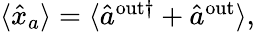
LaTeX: \begin{array}{r}{\langle\hat{x}_{a}\rangle=\langle\hat{a}^{\mathrm{{out}\dagger}}+\hat{a}^{\mathrm{{out}}}\rangle,}\end{array}